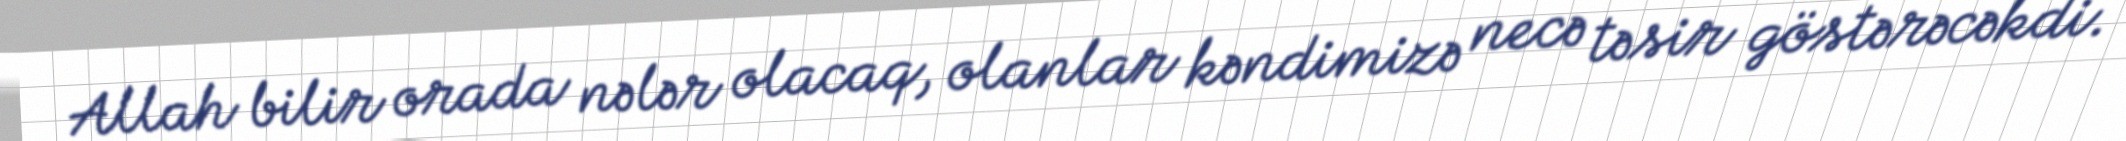
Allah bilir orada nələr olacaq, olanlar kəndimizə necə təsir göstərəcəkdi.